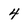
Character: 4